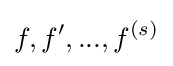
f,f',...,f^{(s)}